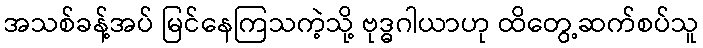
အသစ်ခန့်အပ် မြင်နေကြသကဲ့သို့ ဗုဒ္ဓဂါယာဟု ထိတွေ့ဆက်စပ်သူ